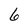
Character: 6